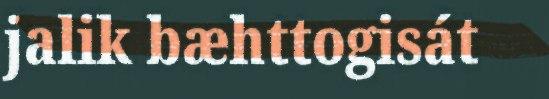
jalik bæhttogisát